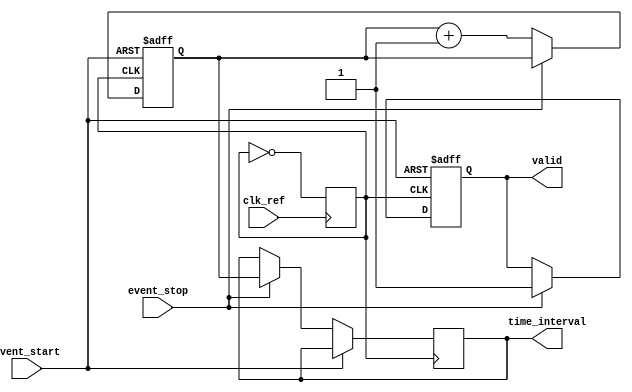
module TDC_PLL (
    input wire clk_ref,       // Reference clock input
    input wire event_start,   // Start event signal
    input wire event_stop,    // Stop event signal
    output reg [15:0] time_interval, // Measured time interval in clock cycles
    output reg valid          // Output valid signal
);

    // PLL parameters
    reg clk_out;              // Output clock from PLL
    reg [15:0] counter;       // Counter for clock cycles
    reg [15:0] vco_freq;      // VCO frequency control

    // PLL Simulation: Simple VCO model
    always @(posedge clk_ref) begin
        // Simulate VCO frequency adjustment based on loop filter output (vco_freq)
        // For simplicity, we set a constant frequency for this example
        clk_out <= ~clk_out; // Toggle output clock
    end

    // Control Logic
    always @(posedge clk_out or posedge event_start) begin
        if (event_start) begin
            // Initialize counter on start event
            counter <= 0;
            valid <= 0; // Reset valid signal
        end else if (event_stop) begin
            // Capture time interval on stop event
            time_interval <= counter;
            valid <= 1; // Set valid signal
        end else begin
            // Increment counter on each clock cycle
            counter <= counter + 1;
        end
    end

    // Output clock generation
    always @(posedge clk_ref) begin
        // Example of a simple PLL control logic
        // This would normally involve a phase detector and loop filter
        // For this example, we assume a fixed frequency output
        vco_freq <= vco_freq + 1; // Simulate VCO frequency change
    end

endmodule